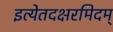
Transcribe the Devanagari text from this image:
इत्येतदक्षरमिदम्